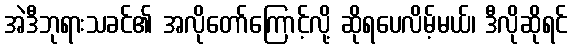
အဲဒီဘုရားသခင်၏ အလိုတော်ကြောင့်လို့ ဆိုရပေလိမ့်မယ်၊ ဒီလိုဆိုရင်